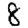
Digit: 8